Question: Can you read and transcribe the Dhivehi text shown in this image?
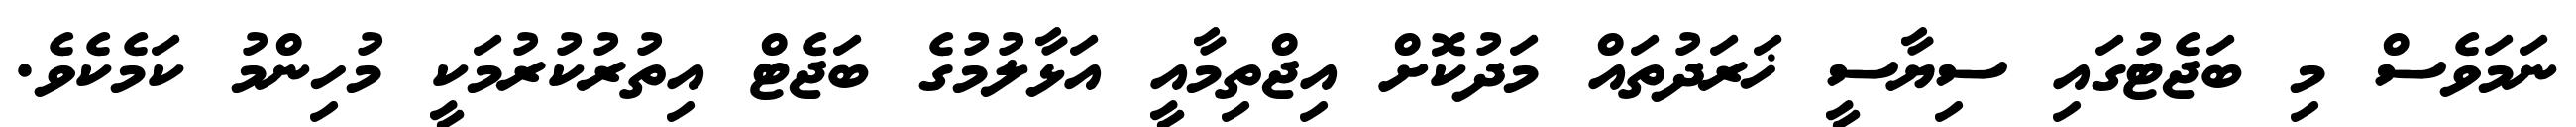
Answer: ނަމަވެސް މި ބަޖެޓުގައި ސިޔާސީ ޚަރަދުތައް މަދުކޮށް އިޖްތިމާއީ އަޅާލުމުގެ ބަޖެޓް އިތުރުކުރުމަކީ މުހިންމު ކަމެކެވެ.